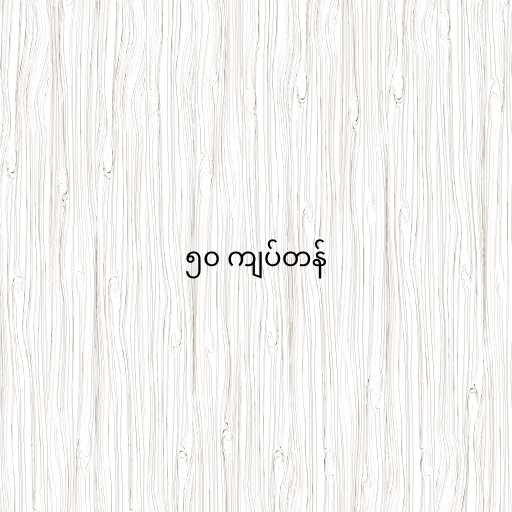
၅၀ ကျပ်တန်